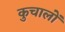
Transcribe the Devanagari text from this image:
कुचालों